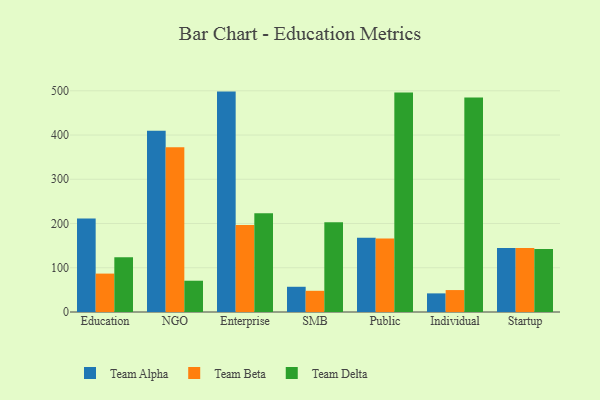
{"axis": {"x": "Segment", "y": "Budget (USD K)"}, "legend": ["Team Alpha", "Team Beta", "Team Delta"], "data": [{"x": "Education", "y": 211.1, "type": "Team Alpha"}, {"x": "Education", "y": 86.8, "type": "Team Beta"}, {"x": "Education", "y": 123.9, "type": "Team Delta"}, {"x": "NGO", "y": 409.6, "type": "Team Alpha"}, {"x": "NGO", "y": 372.3, "type": "Team Beta"}, {"x": "NGO", "y": 70.7, "type": "Team Delta"}, {"x": "Enterprise", "y": 498.2, "type": "Team Alpha"}, {"x": "Enterprise", "y": 196.5, "type": "Team Beta"}, {"x": "Enterprise", "y": 223.5, "type": "Team Delta"}, {"x": "SMB", "y": 57.0, "type": "Team Alpha"}, {"x": "SMB", "y": 47.9, "type": "Team Beta"}, {"x": "SMB", "y": 202.8, "type": "Team Delta"}, {"x": "Public", "y": 167.7, "type": "Team Alpha"}, {"x": "Public", "y": 166.1, "type": "Team Beta"}, {"x": "Public", "y": 496.2, "type": "Team Delta"}, {"x": "Individual", "y": 42.1, "type": "Team Alpha"}, {"x": "Individual", "y": 49.6, "type": "Team Beta"}, {"x": "Individual", "y": 484.7, "type": "Team Delta"}, {"x": "Startup", "y": 144.4, "type": "Team Alpha"}, {"x": "Startup", "y": 144.6, "type": "Team Beta"}, {"x": "Startup", "y": 142.5, "type": "Team Delta"}]}